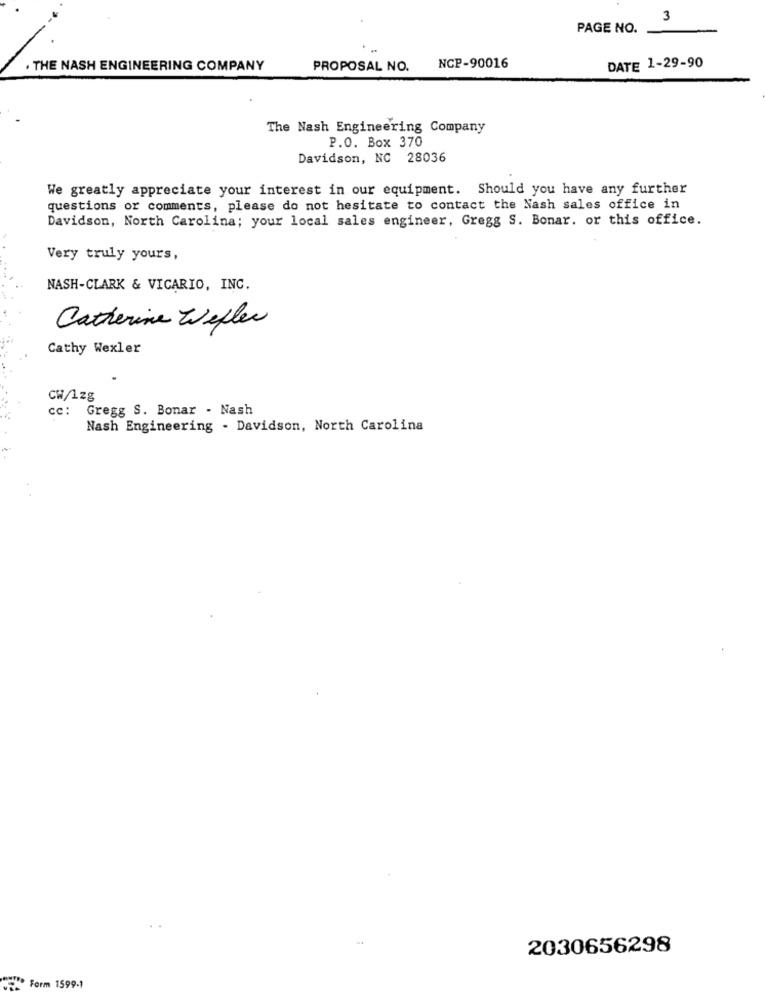
3
PAGE NO.
THE NASH ENGINEERING COMPANY
PROPOSAL NO.
NCP-90016
DATE 1-29-90
The Nash Engineering Company
P.O. Box 370
Davidson, NC 28036
We greatly appreciate your interest in our equipment. Should you have any further
questions or comments, please do not hesitate to contact the Nash sales office in
Davidson, North Carolina; your local sales engineer, Gregg S. Bonar. or this office.
Very truly yours,
NASH-CLARK & VICARIO, INC.
Catherine Wefler
Cathy Wexler
CW/1zg
cc :
Gregg S. Bonar - Nash
Nash Engineering - Davidson, North Carolina
2030656298
Form 1599-1